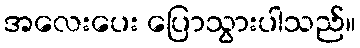
အလေးပေး ပြောသွားပါသည်။